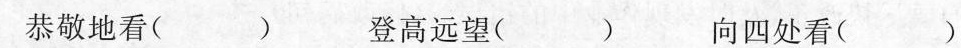
恭敬地看( ) 登高远望( ) 向四处看( )